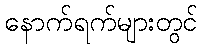
နောက်ရက်များတွင်